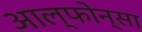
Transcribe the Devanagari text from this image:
आल्फोन्सा